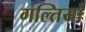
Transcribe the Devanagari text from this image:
गल्तियां